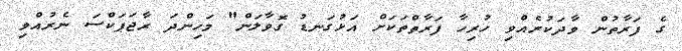
ގެ ފަރާތުން ވާދަކުރެއްވި ހުރިހާ ފަރާތްތަކަށް އަޅުގަނޑު ގޮވާލަން" މަހިންދަ ރާޖަޕަކްސަ ނެރުއްވި